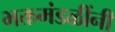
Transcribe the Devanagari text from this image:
भक्तमंडळींनी